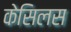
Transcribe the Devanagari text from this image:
केसिलस